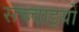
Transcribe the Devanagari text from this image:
सच्‍चाइयों